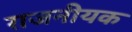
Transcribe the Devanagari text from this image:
राजनीयक